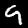
Digit: 9